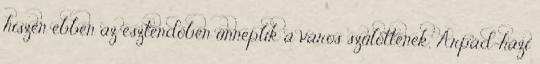
hiszen ebben az esztendőben ünneplik a város szülöttének, Árpád-házi